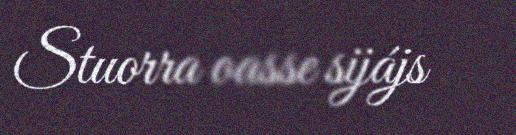
Stuorra oasse sijájs